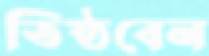
তিষ্ঠবেন